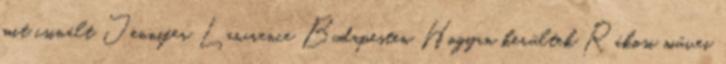
mit csinált Jennifer Lawrence Budapesten Hogyan kerültek Rákosi művei